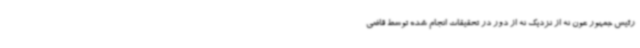
رئیس جمهور عون نه از نزدیک نه از دور در تحقیقات انجام شده توسط قاضی